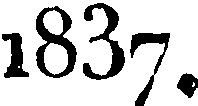
1837.